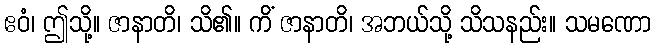
ဧဝံ၊ ဤသို့။ ဇာနာတိ၊ သိ၏။ ကိံ ဇာနာတိ၊ အဘယ်သို့ သိသနည်း။ သမဏော